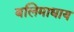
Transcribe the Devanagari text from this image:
बलिमाधाय